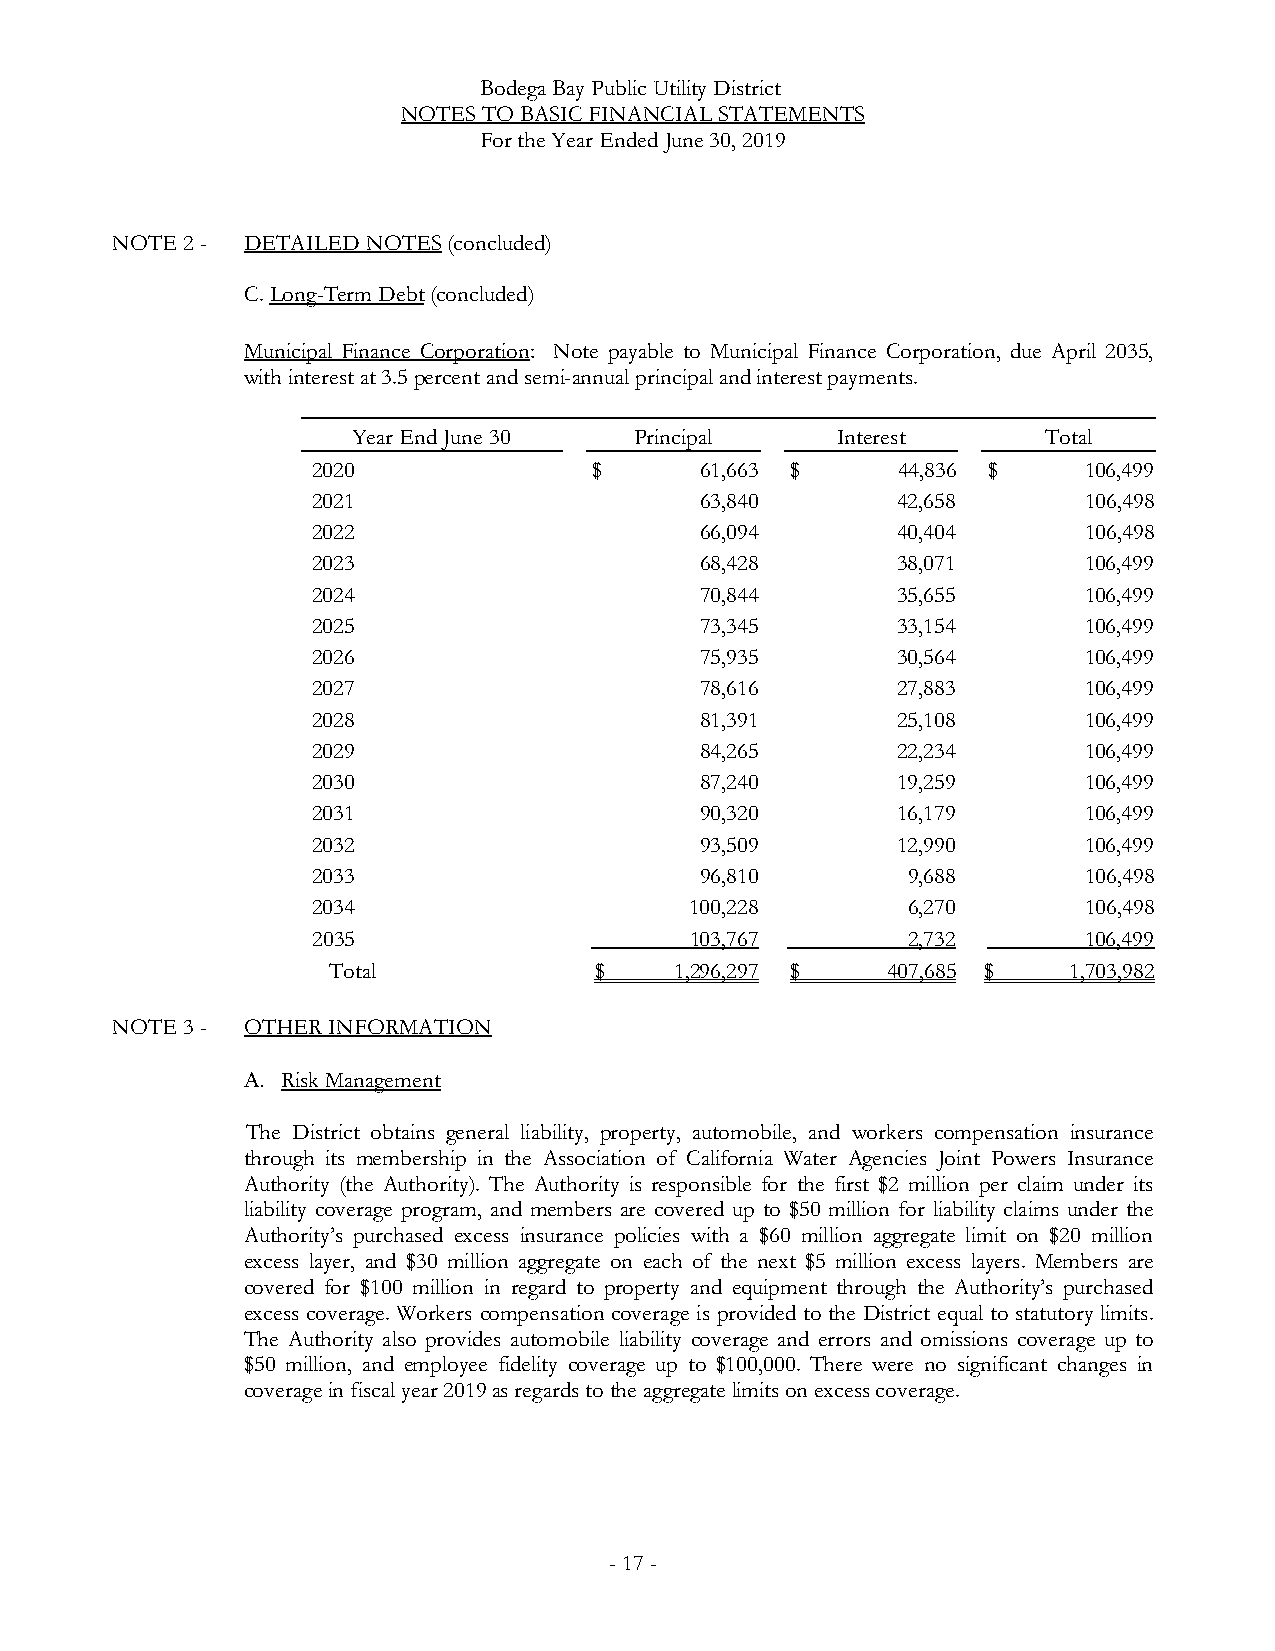
Bodega Bay Public Utility District
 NOTES TO BASIC FINANCIAL STATEMENTS
 For the Year Ended June 30, 2019
 NOTE 2 - DETAILED NOTES(concluded)
 C. Long-Term Debt(concluded)
 Municipal Finance Corporation: Note payable to Municipal Finance Corporation, due April 2035,
 with interest at 3.5percent and semi-annual principal and interest payments.
 Year End June 30   Principal    Interest      Total
 2020              $      61,663 $     44,836 $     106,499
 2021                     63,840       42,658       106,498
 2022                     66,094       40,404       106,498
 2023                     68,428       38,071       106,499
 2024                     70,844       35,655       106,499
 2025                     73,345       33,154       106,499
 2026                     75,935       30,564       106,499
 2027                     78,616       27,883       106,499
 2028                     81,391       25,108       106,499
 2029                     84,265       22,234       106,499
 2030                     87,240       19,259       106,499
 2031                     90,320       16,179       106,499
 2032                     93,509       12,990       106,499
 2033                     96,810        9,688       106,498
 2034                     100,228       6,270       106,498
 2035                     103,767       2,732       106,499
 Total            $     1,296,297 $   407,685 $   1,703,982
 NOTE 3 - OTHER INFORMATION
 A. Risk Management
 The District obtains general liability, property, automobile, and workers compensation insurance
 through its membership in the Association of California Water Agencies Joint Powers Insurance
 Authority (the Authority). The Authority is responsible for the first $2 million per claim under its
 liability coverage program, and members are covered up to $50 million for liability claims under the
 Authority’s purchased excess insurance policies with a $60 million aggregate limit on $20 million
 excess layer, and $30 million aggregate on each of the next $5 million excess layers. Members are
 covered for $100 million in regard to property and equipment through the Authority’s purchased
 excess coverage. Workers compensation coverage is provided to the District equal to statutory limits.
 The Authority also provides automobile liability coverage and errors and omissions coverage up to
 $50 million, and employee fidelity coverage up to $100,000. There were no significant changes in
 coveragein fiscal year 2019as regards to the aggregatelimits on excess coverage.
 -17-